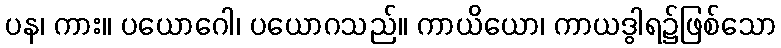
ပန၊ ကား။ ပယောဂေါ၊ ပယောဂသည်။ ကာယိယော၊ ကာယဒွါရ၌ဖြစ်သော